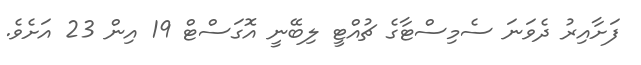
ފަށާއިރު ދެވަނަ ސެމިސްޓާގެ ޗުއްޓީ ލިބޭނީ އޮގަސްޓް 19 އިން 23 އަށެވެ.